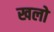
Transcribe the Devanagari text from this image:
खलो